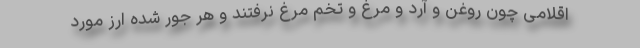
اقلامی چون روغن و آرد و مرغ و تخم مرغ نرفتند و هر جور شده ارز مورد